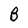
Character: B